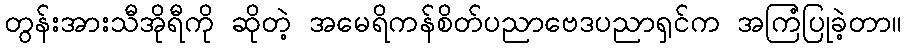
တွန်းအားသီအိုရီကို ဆိုတဲ့ အမေရိကန်စိတ်ပညာဗေဒပညာရှင်က အကြံပြုခဲ့တာ။